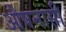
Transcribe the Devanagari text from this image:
औषनासी